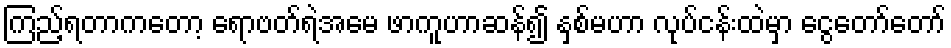
ကြည့်ရတာကတော့ ရောဗတ်ရဲအမေ ဖာကူဟာဆန်၍ နှစ်မဟာ လုပ်ငန်းထဲမှာ ငွေတော်တော်